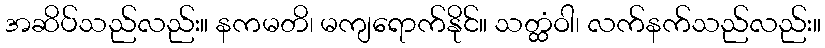
အဆိပ်သည်လည်း။ နကမတိ၊ မကျရောက်နိုင်။ သတ္ထံဝါ၊ လက်နက်သည်လည်း။